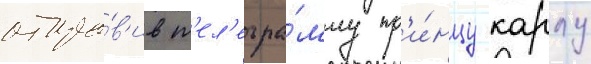
отпра́в'ив т'ел'егра́мму пр'и́нцу карлу